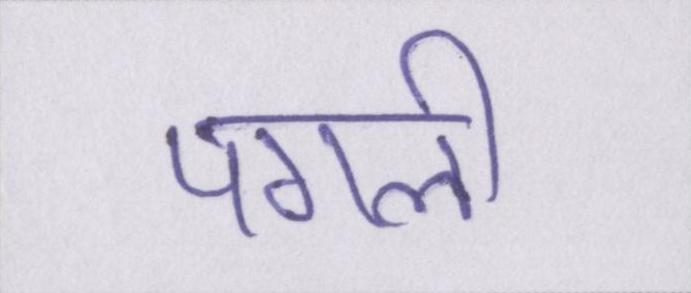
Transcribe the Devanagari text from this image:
पगली